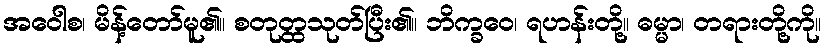
အဝေါစ၊ မိန့်တော်မူ၏။ စတုတ္ထသုတ်ပြီး၏။ ဘိက္ခဝေ၊ ရဟန်းတို့။ ဓမ္မာ၊ တရားတို့ကို။